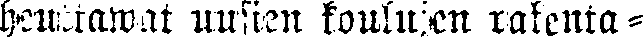
heuttawat uusien koulujen rakenta-